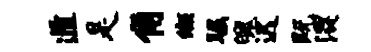
遁是角缬瞩魄迟既混